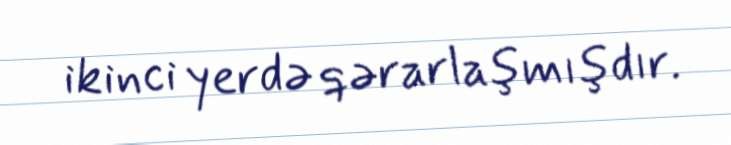
ikinci yerdə qərarlaşmışdır.